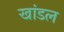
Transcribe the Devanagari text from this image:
खांडल